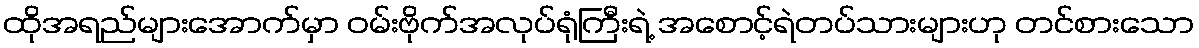
ထိုအရည်များအောက်မှာ ဝမ်းဗိုက်အလုပ်ရုံကြီးရဲ့ အစောင့်ရဲတပ်သားများဟု တင်စားသော